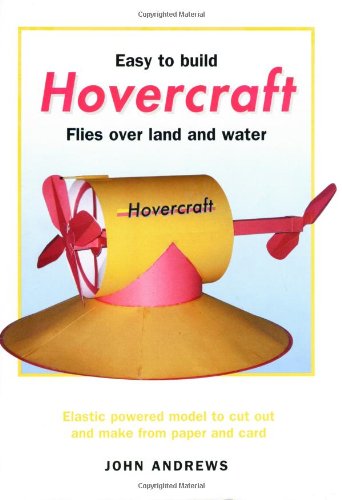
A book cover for Easy to Build Hovercraft: Flies Over Land and Water; John Roger William Andrews; Teen & Young Adult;